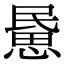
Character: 𢞰